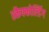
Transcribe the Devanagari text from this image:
स्कैफ्फोल्डिंग